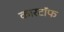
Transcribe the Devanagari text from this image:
कारटॉफ